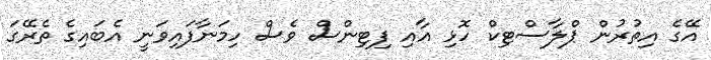
އޭގެ އިތުރުން ޕްލާސްޓިކް ހޮޅި އާއި ފިޓިންސް ވެސް ހިމަނާފައިވަނީ އެބައިގެ ތެރޭގަ